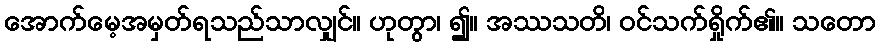
အောက်မေ့အမှတ်ရသည်သာလျှင်။ ဟုတွာ၊ ၍။ အဿသတိ၊ ဝင်သက်ရှိုက်၏။ သတော